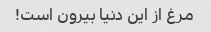
مرغ از این دنیا بیرون است!